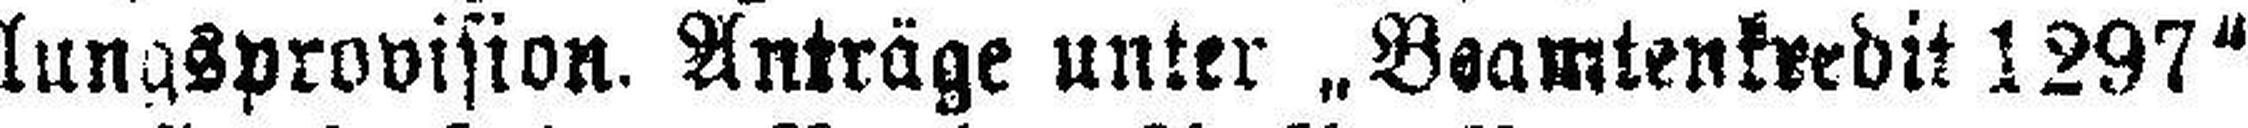
lungsprovision. Anträge unter „Beamtenkredit 1297“